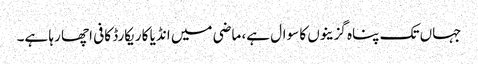
جہاں تک پناہ گزینوں کا سوال ہے، ماضی میں انڈیا کا ریکارڈ کافی اچھا رہا ہے۔